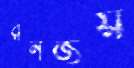
রনজয়